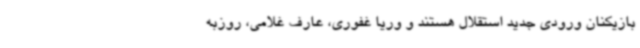
بازیکنان ورودی جدید استقلال هستند و وریا غفوری، عارف غلامی، روزبه